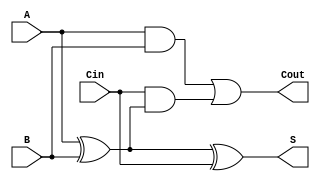
module LowPowerFullAdder (
    input wire A,    // First input bit
    input wire B,    // Second input bit
    input wire Cin,  // Carry input
    output wire S,   // Sum output
    output wire Cout  // Carry output
);

// Internal signals for intermediary results
wire AxorB;  // A XOR B
wire AandB;  // A AND B
wire CinAndAxorB; // Cin AND (A XOR B)

// Compute A XOR B
assign AxorB = A ^ B;

// Compute Sum S
assign S = AxorB ^ Cin;

// Compute A AND B
assign AandB = A & B;

// Compute Cin AND (A XOR B)
assign CinAndAxorB = Cin & AxorB;

// Compute Carry out Cout
assign Cout = AandB | CinAndAxorB;

endmodule